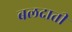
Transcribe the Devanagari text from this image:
बलदाती